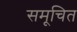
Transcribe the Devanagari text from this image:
समूचित